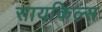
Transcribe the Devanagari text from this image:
सायकिल्स